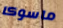
ماسوكا